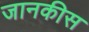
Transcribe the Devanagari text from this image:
जानकीस